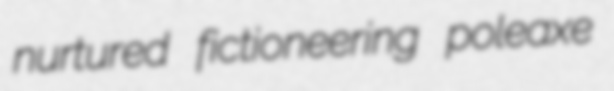
nurtured fictioneering poleaxe